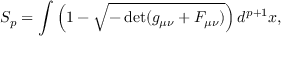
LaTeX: S _ { p } = \int \left( 1 - \sqrt { - \operatorname * { d e t } ( g _ { \mu \nu } + F _ { \mu \nu } ) } \right) d ^ { p + 1 } x ,